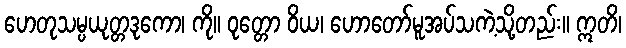
ဟေတုသမ္ပယုတ္တဒုကော၊ ကို။ ဝုတ္တော ဝိယ၊ ဟောတော်မူအပ်သကဲ့သို့တည်း။ ဣတိ၊